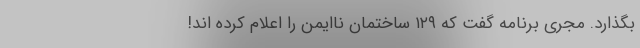
بگذارد. مجری برنامه گفت که ۱۲۹ ساختمان ناایمن را اعلام کرده اند!